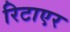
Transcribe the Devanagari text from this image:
रिटाएर